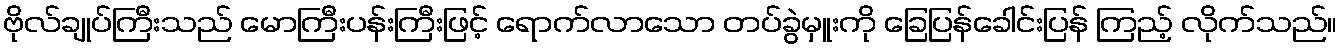
ဗိုလ်ချုပ်ကြီးသည် မောကြီးပန်းကြီးဖြင့် ရောက်လာသော တပ်ခွဲမှူးကို ခြေပြန်ခေါင်းပြန် ကြည့် လိုက်သည်။